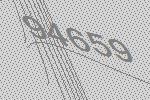
94659